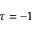
\tau = - 1